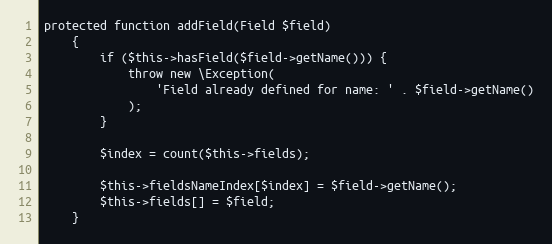
Language: PHP
protected function addField(Field $field)
    {
        if ($this->hasField($field->getName())) {
            throw new \Exception(
                'Field already defined for name: ' . $field->getName()
            );
        }

        $index = count($this->fields);

        $this->fieldsNameIndex[$index] = $field->getName();
        $this->fields[] = $field;
    }